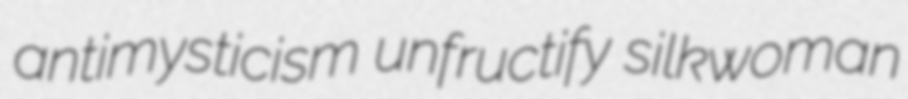
antimysticism unfructify silkwoman